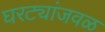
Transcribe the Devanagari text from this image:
घरट्यांजवळ